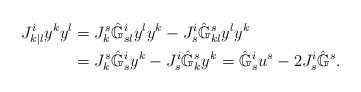
LaTeX: \begin{align*}J^i_{k|l} y^k y^l& = J^s_k \hat{\mathbb{G}}^i_{sl}y^ly^k - J^i_s \hat{\mathbb{G}}^s_{kl}y^ly^k \\&=J^s_k \hat{\mathbb{G}}^i_s y^k - J^i_s \hat{\mathbb{G}}^s_k y^k = \hat{\mathbb{G}}^i_s u^s - 2 J^i_s \hat{\mathbb{G}}^s.\end{align*}